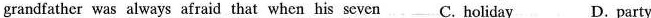
grandfather was always afraid that when his seven C. holiday D. party